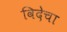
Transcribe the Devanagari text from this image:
विदेचा